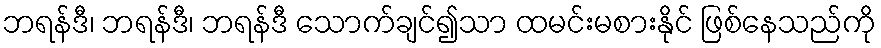
ဘရန်ဒီ၊ ဘရန်ဒီ၊ ဘရန်ဒီ သောက်ချင်၍သာ ထမင်းမစားနိုင် ဖြစ်နေသည်ကို